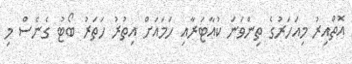
އޮތްްއިރު މިއަހަރުގެ ތިންވަނަ ކުއާޓަރާއި ހަމައަށް އިތުރު ހަތަރު ބޯޓު ގެނެސް މި